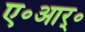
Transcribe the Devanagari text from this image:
ए॰आर्॰